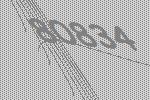
80834